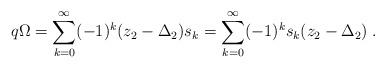
LaTeX: \begin{align*}q \Omega = \sum_{k=0}^\infty (-1)^k (z_2 - \Delta_2) s_k = \sum_{k=0}^\infty (-1)^k s_k (z_2 - \Delta_2) \; .\end{align*}